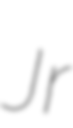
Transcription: Jr